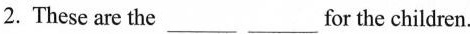
2. These are the___ ___for the children.